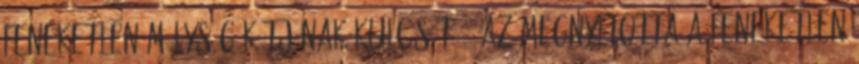
feneketlen mélység kútjának kulcsát. 2 Az megnyitotta a feneketlen